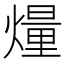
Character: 𤎲